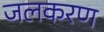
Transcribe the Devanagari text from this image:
जलकरण